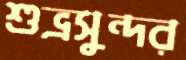
শুভ্রসুন্দর